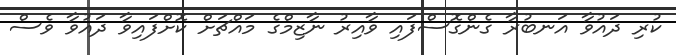
ކުރި ދައުވާ އަނބުރާ ގެންގޮސްފައި ވާއިރު ނާޒިމްގެ މައްޗަށް ކޮށްފައިވާ ދައުވާ ވެސް